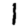
Digit: 1